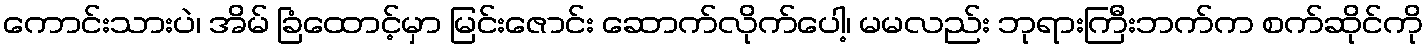
ကောင်းသားပဲ၊ အိမ် ခြံထောင့်မှာ မြင်းဇောင်း ဆောက်လိုက်ပေါ့၊ မမလည်း ဘုရားကြီးဘက်က စက်ဆိုင်ကို